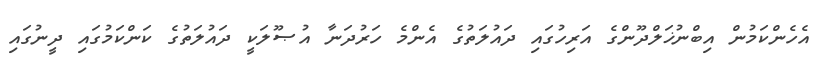
އެހެންކަމުން އިބްނުޚަލްދޫންގެ އަރިހުގައި ދައުލަތުގެ އެންމެ ހަރުދަނާ އުޞޫލަކީ ދައުލަތުގެ ކަންކަމުގައި ދީނުގައި